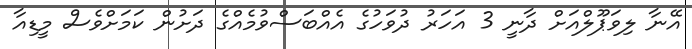
އޭނާ ލިވަޕޫލްއަށް ދާނީ 3 އަހަރު ދުވަހުގެ އެއްބަސްވުމެއްގެ ދަށުން ކަމަށްވެސް މީޑިއާ